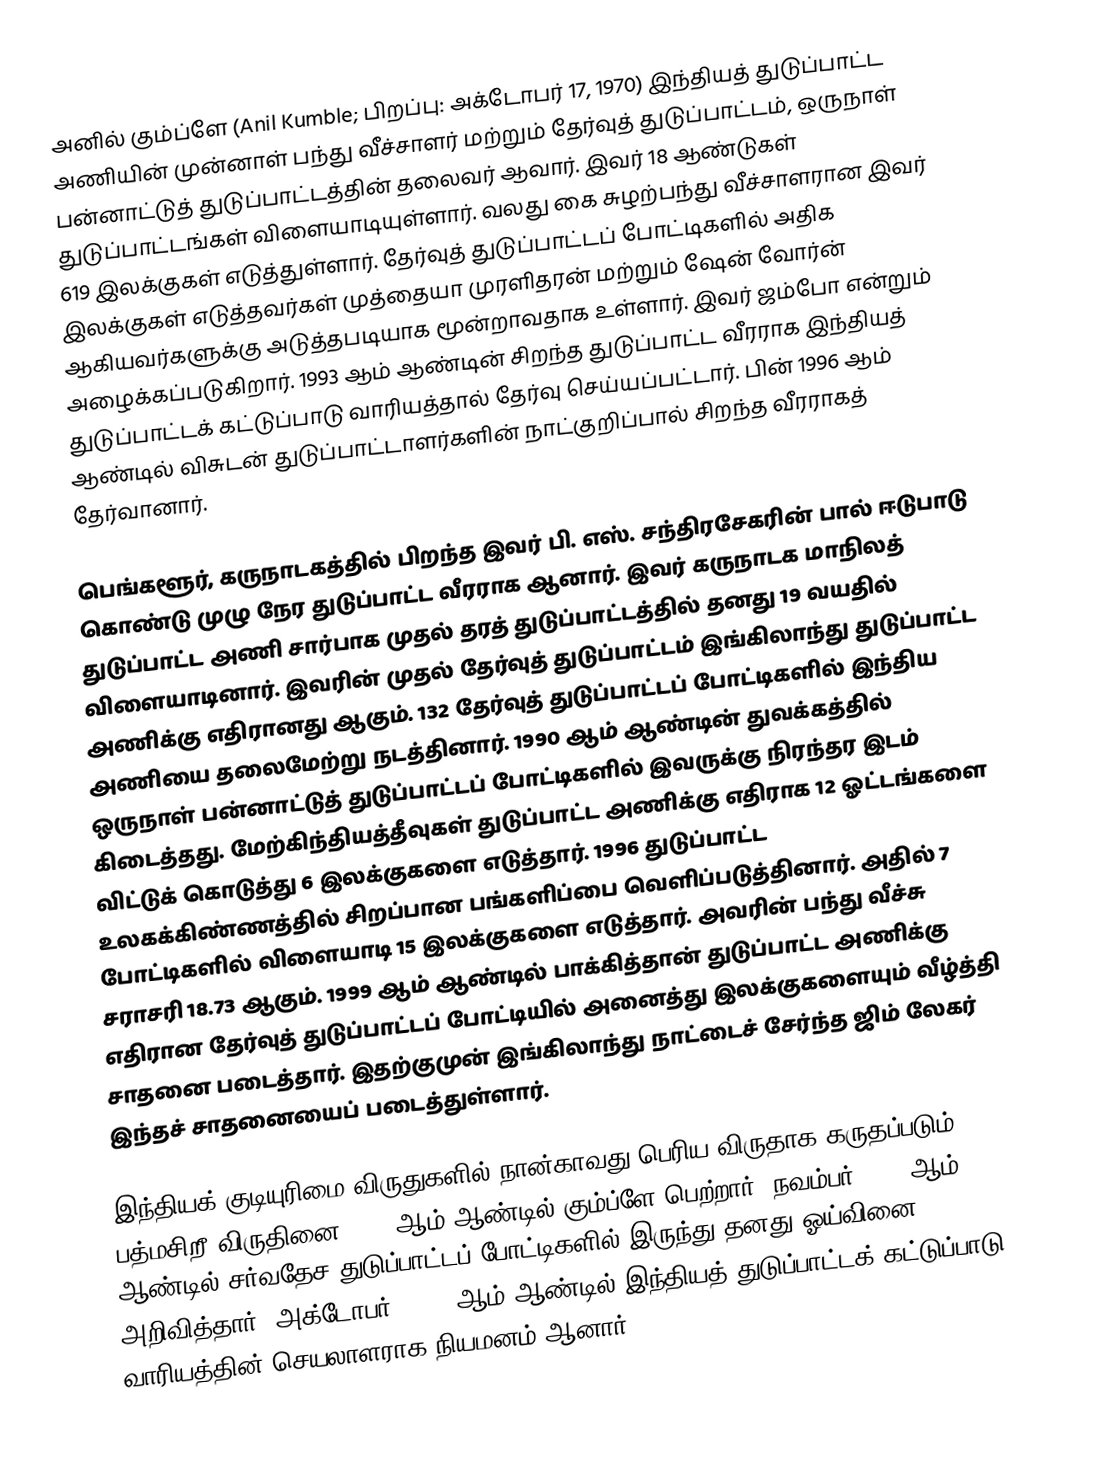
அனில் கும்ப்ளே (Anil Kumble; பிறப்பு: அக்டோபர் 17, 1970) இந்தியத் துடுப்பாட்ட அணியின் முன்னாள் பந்து வீச்சாளர் மற்றும் தேர்வுத் துடுப்பாட்டம், ஒருநாள் பன்னாட்டுத் துடுப்பாட்டத்தின் தலைவர்  ஆவார். இவர் 18 ஆண்டுகள் துடுப்பாட்டங்கள் விளையாடியுள்ளார். வலது கை சுழற்பந்து வீச்சாளரான இவர் 619 இலக்குகள் எடுத்துள்ளார். தேர்வுத் துடுப்பாட்டப் போட்டிகளில் அதிக இலக்குகள் எடுத்தவர்கள்  முத்தையா முரளிதரன் மற்றும் ஷேன் வோர்ன் ஆகியவர்களுக்கு அடுத்தபடியாக  மூன்றாவதாக உள்ளார். இவர் ஜம்போ என்றும் அழைக்கப்படுகிறார். 1993 ஆம் ஆண்டின் சிறந்த துடுப்பாட்ட வீரராக இந்தியத் துடுப்பாட்டக் கட்டுப்பாடு வாரியத்தால் தேர்வு செய்யப்பட்டார். பின் 1996 ஆம் ஆண்டில் விசுடன் துடுப்பாட்டாளர்களின் நாட்குறிப்பால் சிறந்த வீரராகத் தேர்வானார்.

பெங்களூர், கருநாடகத்தில் பிறந்த இவர் பி. எஸ். சந்திரசேகரின் பால் ஈடுபாடு கொண்டு முழு நேர துடுப்பாட்ட வீரராக ஆனார். இவர் கருநாடக மாநிலத் துடுப்பாட்ட அணி சார்பாக முதல் தரத் துடுப்பாட்டத்தில் தனது 19 வயதில் விளையாடினார். இவரின் முதல் தேர்வுத் துடுப்பாட்டம் இங்கிலாந்து துடுப்பாட்ட அணிக்கு எதிரானது ஆகும். 132 தேர்வுத் துடுப்பாட்டப் போட்டிகளில் இந்திய அணியை தலைமேற்று நடத்தினார். 1990 ஆம் ஆண்டின் துவக்கத்தில் ஒருநாள் பன்னாட்டுத் துடுப்பாட்டப்  போட்டிகளில் இவருக்கு நிரந்தர இடம் கிடைத்தது. மேற்கிந்தியத்தீவுகள் துடுப்பாட்ட அணிக்கு எதிராக 12 ஓட்டங்களை விட்டுக் கொடுத்து 6 இலக்குகளை எடுத்தார். 1996 துடுப்பாட்ட உலகக்கிண்ணத்தில் சிறப்பான பங்களிப்பை வெளிப்படுத்தினார். அதில் 7 போட்டிகளில் விளையாடி 15 இலக்குகளை எடுத்தார். அவரின் பந்து வீச்சு சராசரி 18.73 ஆகும். 1999 ஆம் ஆண்டில் பாக்கித்தான் துடுப்பாட்ட அணிக்கு எதிரான தேர்வுத் துடுப்பாட்டப் போட்டியில் அனைத்து இலக்குகளையும் வீழ்த்தி சாதனை படைத்தார். இதற்குமுன் இங்கிலாந்து நாட்டைச் சேர்ந்த ஜிம் லேகர் இந்தச் சாதனையைப் படைத்துள்ளார்.

இந்தியக் குடியுரிமை விருதுகளில் நான்காவது பெரிய விருதாக கருதப்படும் பத்மசிறீ விருதினை 2005 ஆம் ஆண்டில் கும்ப்ளே பெற்றார். நவம்பர் 2008 ஆம் ஆண்டில் சர்வதேச துடுப்பாட்டப் போட்டிகளில் இருந்து தனது ஓய்வினை அறிவித்தார். அக்டோபர், 2012 ஆம் ஆண்டில் இந்தியத் துடுப்பாட்டக் கட்டுப்பாடு வாரியத்தின் செயலாளராக நியமனம் ஆனார்.